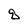
Character: q